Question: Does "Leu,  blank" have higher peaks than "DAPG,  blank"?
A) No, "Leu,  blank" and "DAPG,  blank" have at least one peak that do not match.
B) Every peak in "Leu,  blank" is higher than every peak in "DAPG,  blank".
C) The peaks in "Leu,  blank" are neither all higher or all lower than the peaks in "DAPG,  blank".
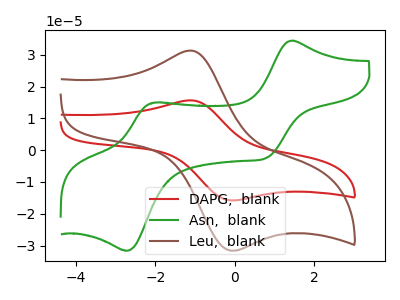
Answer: <think>The red curve "DAPG,  blank" has an anodic peak at (-1.10V, 15.65uA) and a cathodic peak at (0.00V, -15.80uA). The green curve "Asn,  blank" has anodic peaks at (1.45V, 34.40uA) (-2.05V, 14.95uA) and cathodic peaks at (0.80V, -2.45uA) (-2.70V, -31.60uA). The brown curve "Leu,  blank" has an anodic peak at (-1.10V, 31.30uA) and a cathodic peak at (0.00V, -31.65uA).</think>
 <answer>B) Every peak in "Leu,  blank" is higher than every peak in "DAPG,  blank".</answer>
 <eval>B</eval>